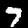
Digit: 7